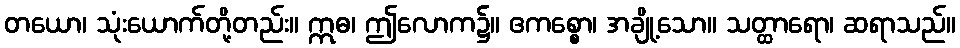
တယော၊ သုံးယောက်တို့တည်း။ ဣဓ၊ ဤလောက၌။ ဧကစ္စော၊ အချို့သော။ သတ္ထာရော၊ ဆရာသည်။